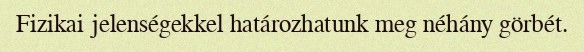
Fizikai jelenségekkel határozhatunk meg néhány görbét.